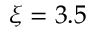
\xi = 3 . 5